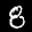
Label: 8